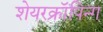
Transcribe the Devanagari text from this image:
शेयरक्रॉपिन्ग